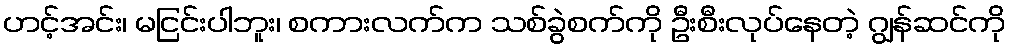
ဟင့်အင်း၊ မငြင်းပါဘူး၊ စကားလက်က သစ်ခွဲစက်ကို ဦးစီးလုပ်နေတဲ့ ဂျွန်ဆင်ကို